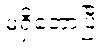
မရှိတော့ပြီ။